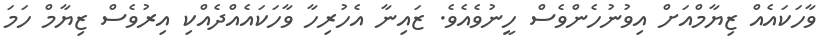
ވާހަކައެއް ޒިޔާމްއަށް އިވުނުހެންވެސް ހީނުވެއެވެ. ޒައިނާ އެހުރިހާ ވާހަކައެއްދެއްކި އިރުވެސް ޒިޔާމް ހަމަ